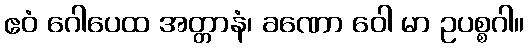
ဧဝံ ဂေါပေထ အတ္တာနံ၊ ခဏော ဝေါ မာ ဥပစ္စဂါ။